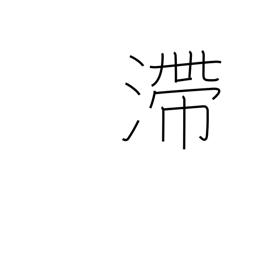
Meaning: stagnant